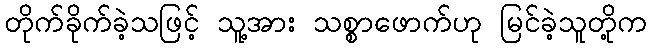
တိုက်ခိုက်ခဲ့သဖြင့် သူ့အား သစ္စာဖောက်ဟု မြင်ခဲ့သူတို့က